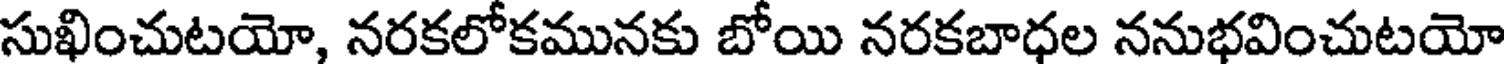
సుఖించుటయో, నరకలోకమునకు బోయి నరకబాధల ననుభవించుటయో